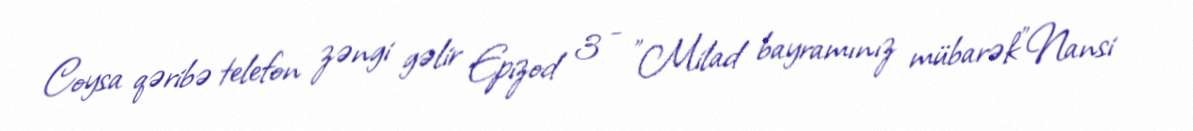
Coysa qəribə telefon zəngi gəlir Epizod 3 - "Milad bayramınız mübarək"Nansi